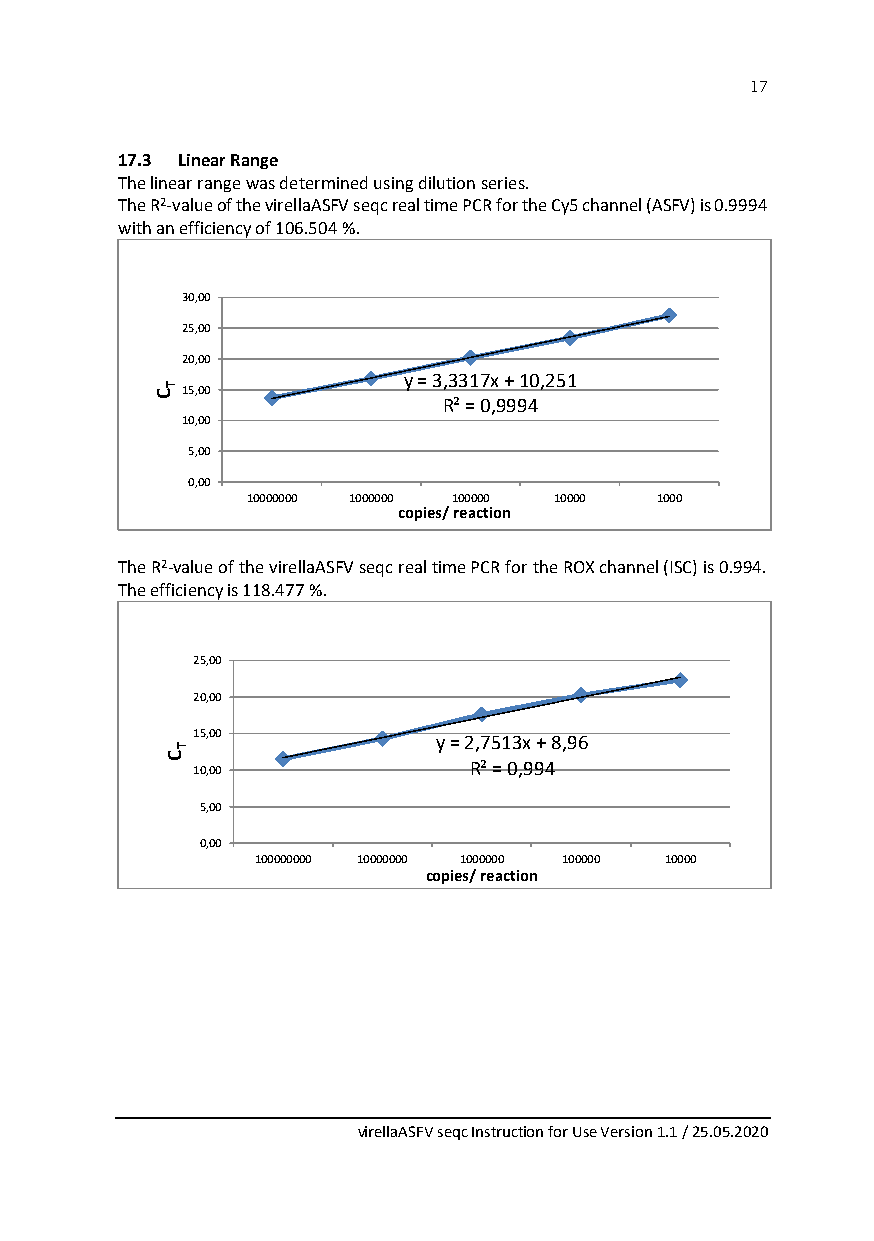
17
 17.3 Linear Range
 The linear range was determined using dilution series.
 The R2-value of the virellaASFV seqc real time PCR for the Cy5 channel (ASFV) is 0.9994
 with an efficiency of 106.504 %.
 30,00
 25,00
 20,00
 y = 3,3317x + 10,251
 CT15,00
 R² = 0,9994
 10,00
 5,00
 0,00
 10000000 1000000 100000 10000 1000
 copies/ reaction
 The R2-value of the virellaASFV seqc real time PCR for the ROX channel (ISC) is 0.994.
 The efficiency is 118.477 %.
 25,00
 20,00
 15,00           y = 2,7513x + 8,96
 T
 C
 10,00             R² = 0,994
 5,00
 0,00
 100000000 10000000 1000000 100000 10000
 copies/ reaction
 virellaASFV seqc Instruction for Use Version 1.1 / 25.05.2020